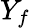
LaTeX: Y_{f}